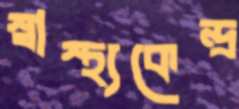
স্বাস্থ্যকেন্দ্র